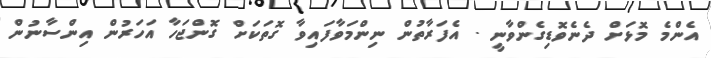
އެންމެ މޮޅަށް ދެނެވޮޑިގެންވާނީ . އެފަރާތުން ނިންމަވާފައިވާ ގޮތަކަށް ގޮންޖަހާ އަހަރުން އިންސާނުން